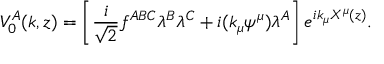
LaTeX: V _ { 0 } ^ { A } ( k , z ) = \left[ \frac { i } { \sqrt { 2 } } f ^ { A B C } \lambda ^ { B } \lambda ^ { C } + i ( k _ { \mu } \psi ^ { \mu } ) \lambda ^ { A } \right] e ^ { i k _ { \mu } X ^ { \mu } ( z ) } .